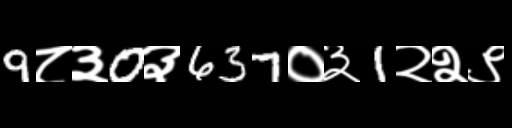
Text: 9८३0३637०३1२२९